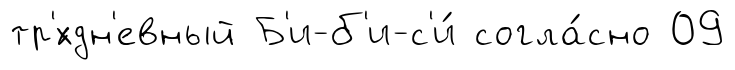
тр'́хдн'евный Б'и-б'и-с'и́ согла́сно 09